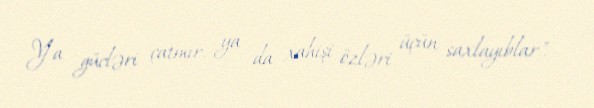
Ya gücləri çatmır, ya da xahişi özləri üçün saxlayıblar".